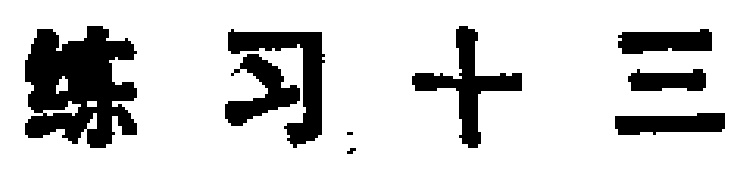
练习十三